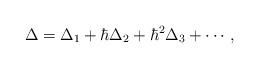
LaTeX: \begin{align*}\Delta = \Delta_1 + \hbar\Delta_2 + \hbar^2\Delta_3 + \cdots,\end{align*}